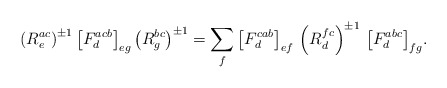
\begin{align*}\left(R^{ac}_e\right)^{\pm 1} \big[ F^{acb}_d \big]_{eg} \left(R^{bc}_g\right)^{\pm 1} = \sum_f \big[ F^{cab}_d \big]_{ef} \, \left(R^{fc}_d\right)^{\pm 1} \, \big[ F^{abc}_d \big]_{fg}.\end{align*}